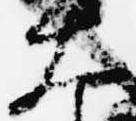
大